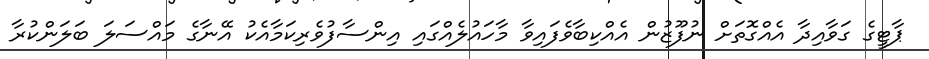
ޕާޓީގެ ގަވާއިދާ އެއްގޮތަށް ނުފޫޒުން އެއްކިބާވެފައިވާ މާހައުލެއްގައި އިންސާފުވެރިކަމާއެކު އޭނާގެ މައްސަލަ ބަލަންކުރާ